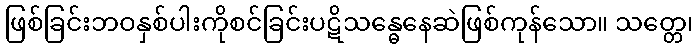
ဖြစ်ခြင်းဘဝနှစ်ပါးကိုစင်ခြင်းပဋိသန္ဓေနေဆဲဖြစ်ကုန်သော။ သတ္တေ၊